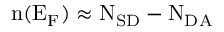
\mathrm { n ( E _ { F } ) \approx N _ { S D } - N _ { D A } }